Document type: Anniversary endowment
Year: 1486
Scribe: Bartomeu Masons
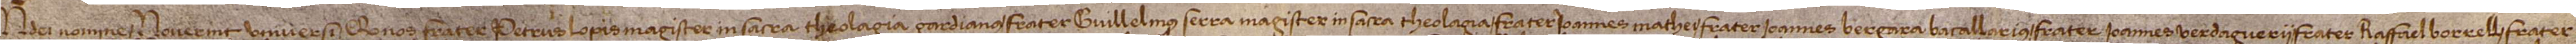
In Dei nomine. Noverint universi quod nos frater Petrus Lopis, magister in sacra theologia, gardianus, frater Guillelmus Serra, magister in sacra theologia, frater Ioannes Mathei, frater Ioannes Bergara, bacallarius, frater Ioannes Verdaguerii, frater Raffael Borrelli, frater